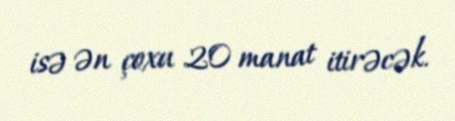
isə ən çoxu 20 manat itirəcək.